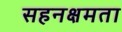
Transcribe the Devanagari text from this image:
सहनक्षमता